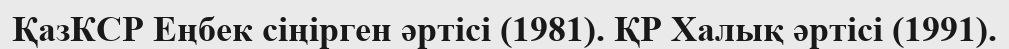
ҚазКСР Еңбек сіңірген әртісі (1981). ҚР Халық әртісі (1991).